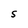
Character: S